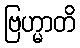
ဗြဟ္မာတိ